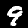
Digit: 9